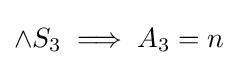
\land S_{3}\implies A_{3}=n